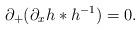
LaTeX: \begin{align*}\partial_{+}(\partial_{x}h*h^{-1})=0.\end{align*}